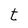
Character: t